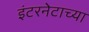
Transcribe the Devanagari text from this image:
इंटरनेटाच्या